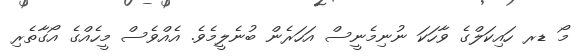
މޯ ޑރ ހައިކަލްގެ ވާހަކަ ނުނިމެނީސް އަހަރެން ބުނެލީމެވެެ. އެއްވެސް މީހެއްގެ އޯގާތެރި